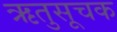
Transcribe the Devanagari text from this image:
ऋतुसूचक